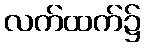
လက်ထက်၌